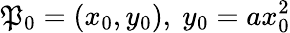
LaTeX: \mathfrak{P}_{0}=(x_{0},y_{0}),\ y_{0}=ax_{0}^{2}